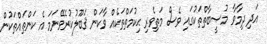
އަދި ދިމާވާ މުޞީބާތްތަކުގައި ވެސް މަތިވެރި ޙިކުމަތްތަކެއް ވާކަން ޤަބޫލުކުރެވޭނަމަ އެ ކަންތައްތަކުން